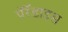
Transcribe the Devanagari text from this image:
पॅरॅडाइस